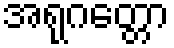
အရုဂတ္တော